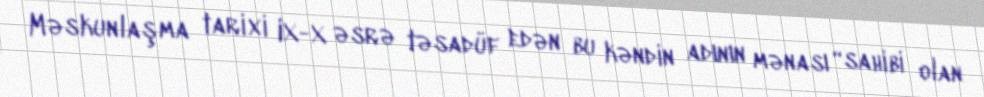
Məskunlaşma tarixi IX-X əsrə təsadüf edən bu kəndin adının mənası “sahibi olan